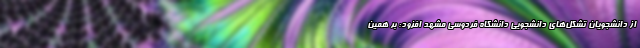
از دانشجویان تشکل‌های دانشجویی دانشگاه فردوسی مشهد افزود: بر همین